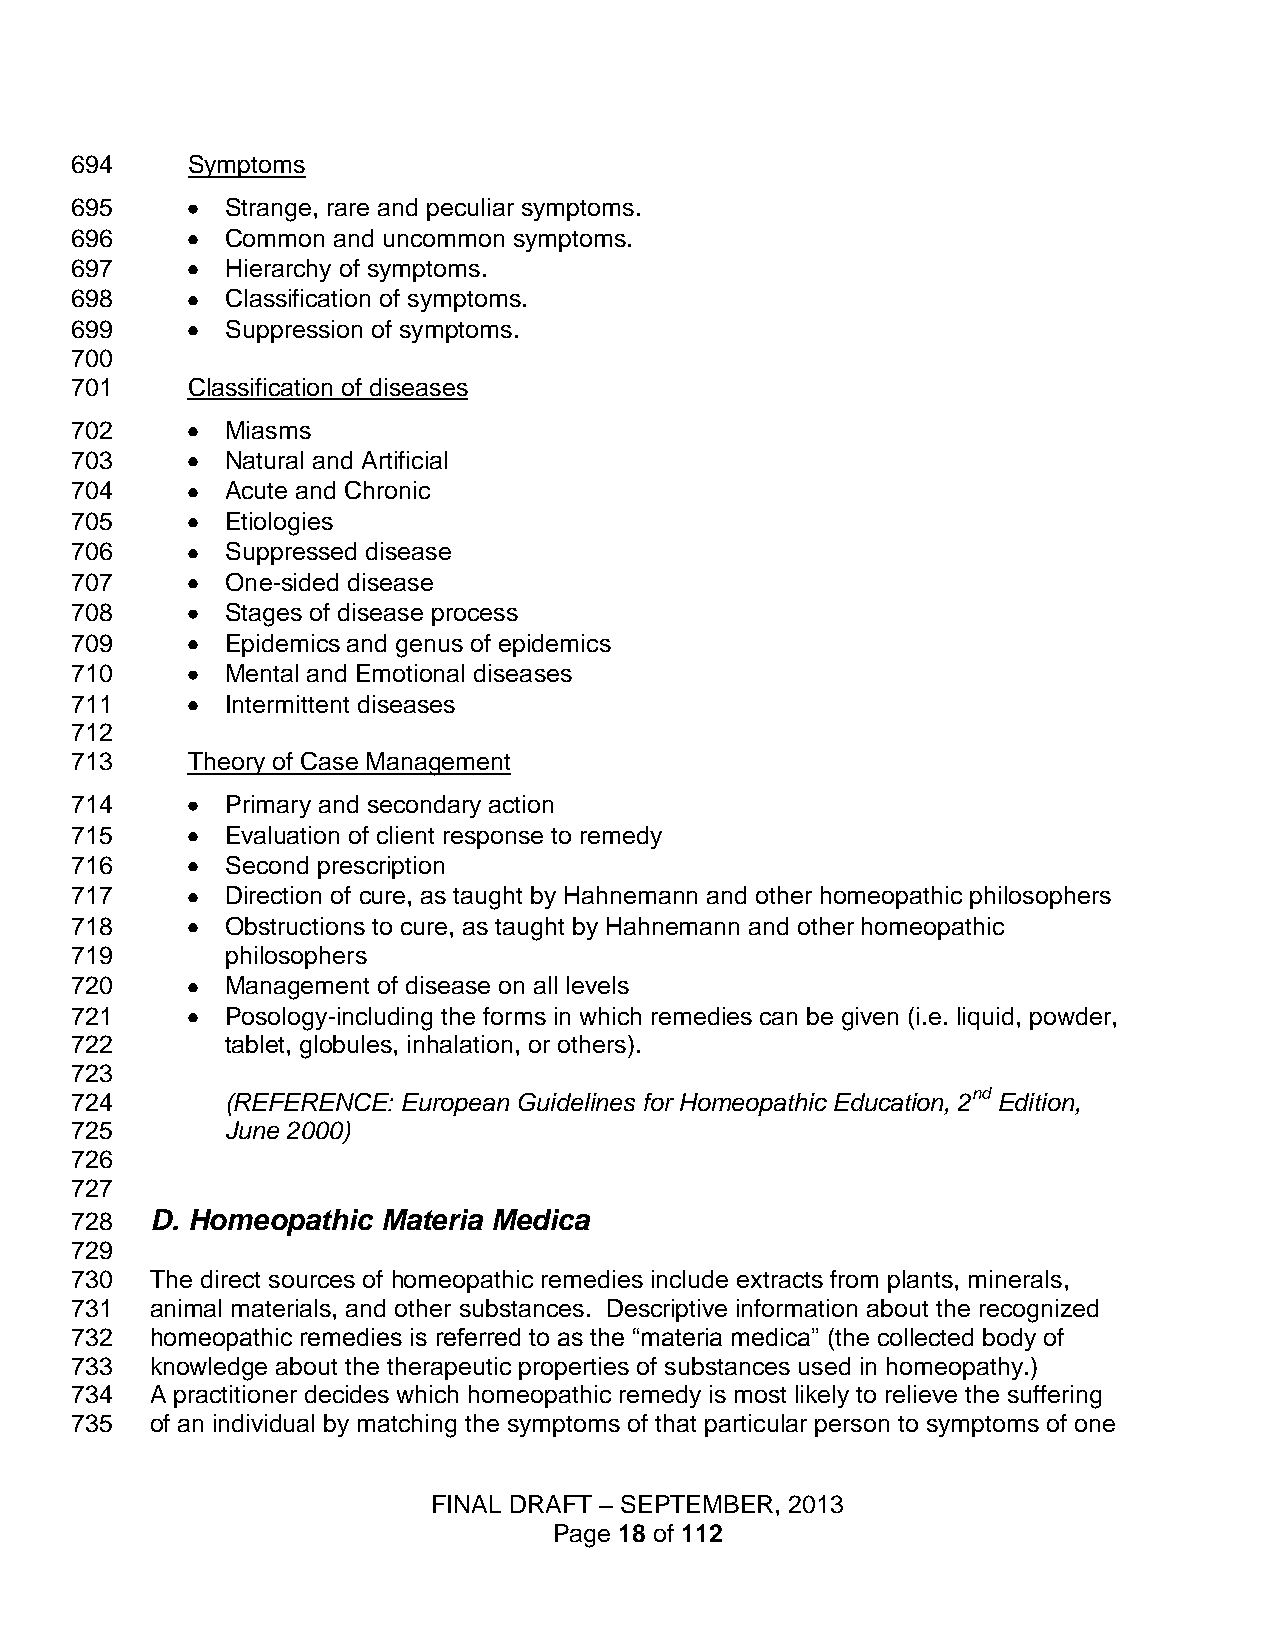
694    Symptoms
 695       Strange, rare and peculiar symptoms.
 696       Common and uncommon symptoms.
 697       Hierarchy of symptoms.
 698       Classification of symptoms.
 699       Suppression of symptoms.
 700
 701    Classification of diseases
 702       Miasms
 703       Natural and Artificial
 704       Acute and Chronic
 705       Etiologies
 706       Suppressed disease
 707       One-sided disease
 708       Stages of disease process
 709       Epidemics and genus of epidemics
 710       Mental and Emotional diseases
 711       Intermittent diseases
 712
 713    Theory of Case Management
 714       Primary and secondary action
 715       Evaluation of client response to remedy
 716       Second prescription
 717       Direction of cure, as taught by Hahnemann and other homeopathic philosophers
 718       Obstructions to cure, as taught by Hahnemann and other homeopathic
 719       philosophers
 720       Management of disease on all levels
 721       Posology-including the forms in which remedies can be given (i.e. liquid, powder,
 722       tablet, globules, inhalation, or others).
 723
 724       (REFERENCE: European Guidelines for Homeopathic Education, 2nd Edition,
 725       June 2000)
 726
 727
 728  D. Homeopathic Materia Medica
 729
 730  The direct sources of homeopathic remedies include extracts from plants, minerals,
 731  animal materials, and other substances. Descriptive information about the recognized
 732  homeopathic remedies is referred to as the “materia medica” (the collected body of
 733  knowledge about the therapeutic properties of substances used in homeopathy.)
 734  A practitioner decides which homeopathic remedy is most likely to relieve the suffering
 735  of an individual by matching the symptoms of that particular person to symptoms of one
 FINAL DRAFT – SEPTEMBER, 2013
 Page 18 of 112